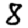
Digit: 8